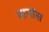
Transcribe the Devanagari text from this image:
मागांस